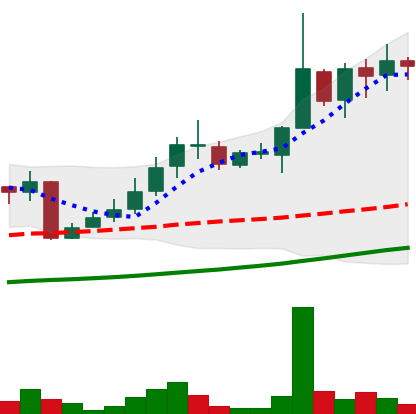
Ticker: LINK-USD
Chart end date: 2018-10-28
Forward return: 13.699%
Label: up_7plus